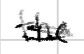
Text: the
Cross-out: double-line
Writing tool: digital_black